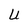
Character: U